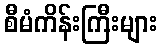
စီမံကိန်းကြီးများ